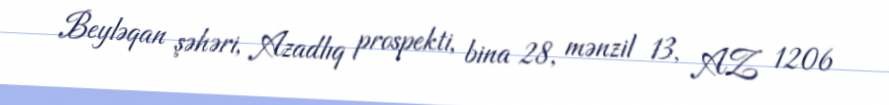
Beyləqan şəhəri, Azadlıq prospekti, bina 28, mənzil 13, AZ 1206